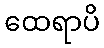
ထေရာပိ